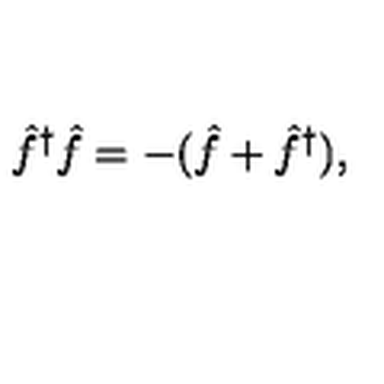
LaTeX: \hat { f } ^ { \dagger } \hat { f } = - ( \hat { f } + \hat { f } ^ { \dagger } ) ,